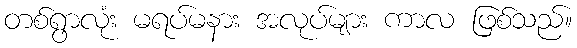
တစ်ရွာလုံး မရပ်မနား အလုပ်များ ကာလ ဖြစ်သည်။